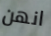
انهن